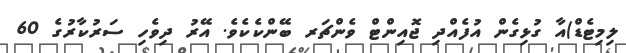
ލިމިޓެޑް)އާ ގުޅިގެން އުފެއްދި ޖޮއިންޓް ވެންޗަރ ބޭންކެކެވެ. އޭރު ދިވެހި ސަރުކާރުގެ 60